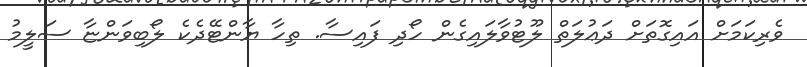
ވެރިކަމަށް އައިގޮތަށް ދަޢުލަތް ލޫޓުވާލައިގެން ހޯދި ފައިސާ. ތިހާ ޔާންޓޭދެކެ ލޯބިވަންޏާ ސަލީމު